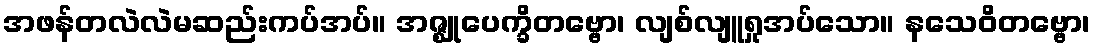
အဖန်တလဲလဲမဆည်းကပ်အပ်။ အဇ္ဈုပေက္ခိတဗ္ဗော၊ လျစ်လျူရှုအပ်သော။ နသေဝိတဗ္ဗော၊